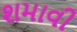
શમાવી